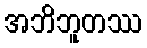
အဘိဘူတဿ